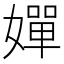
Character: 嬋